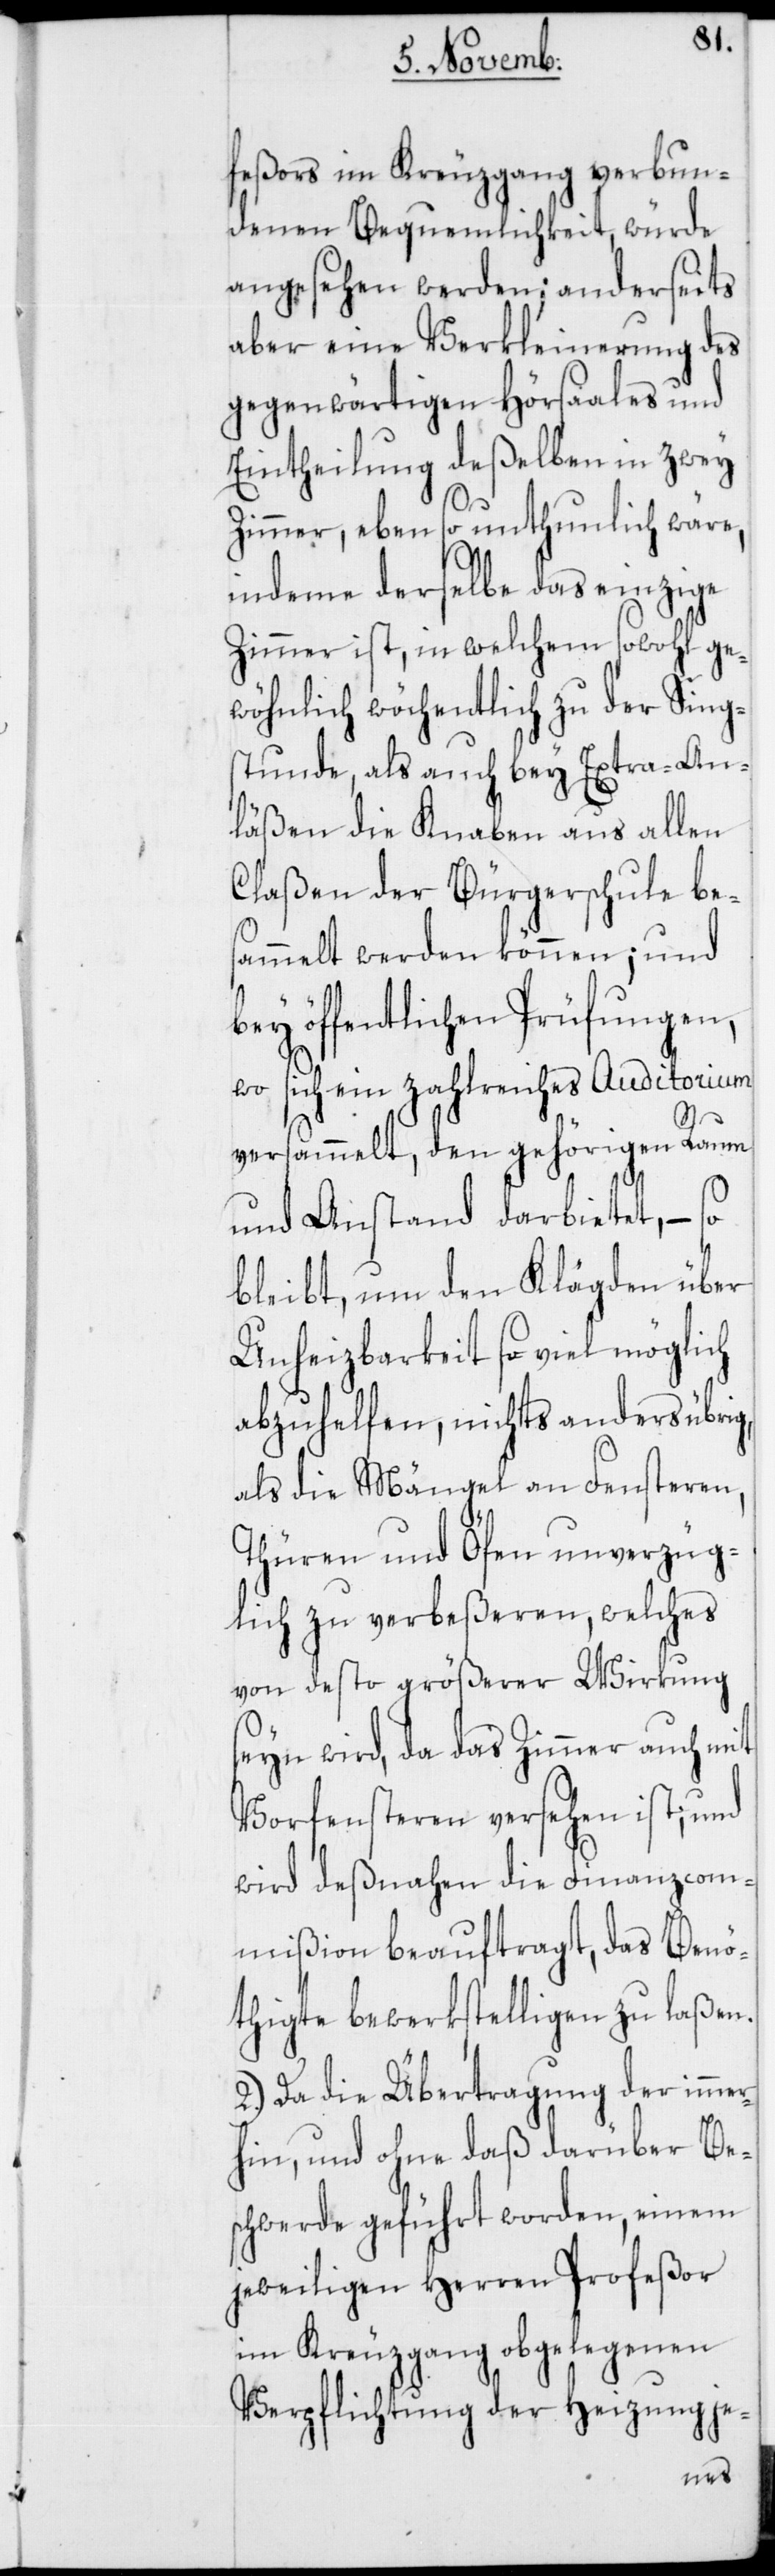
feßors im Kreuzgang verbun¬
denen Bequemlichkeit, würde
angesehen werden; anderseits
aber eine Verkleinerung des
gegenwärtigen Hörsaales und
Eintheilung deßelben in zwey
Zimmer, ebenso unthunlich wäre,
indeme derselbe das einzige
Zimmer ist, in welchem sowohl ge¬
wöhnlich wöchentlich zu der Sing¬
stunde, als auch bey Extra-An¬
läßen die Knaben aus allen
Claßen der Bürgerschule be¬
sammelt werden können; und
bey öffentlichen Prüfungen,
wo sich ein zahlreiches Auditorium
versammelt, den gehörigen Raum
und Anstand darbietet, – so
bleibt, um den Klägden über
Unheizbarkeit so viel möglich
abzuhelfen, nichts anders übrig,
als die Mängel an Fensteren,
Thüren und Öfen unverzüg¬
lich zu verbeßeren, welches
von desto größerer Wirkung
seyn wird, da das Zimmer auch mit
Vorfensteren versehen ist, und
wird deßnahen die Finanzcom¬
mißion beauftragt, das Benö¬
thigte bewerkstelligen zu laßen.
2.) Da die Übertragung der immer¬
hin, und ohne daß darüber Be¬
schwerde geführt worden, einem
jeweiligen Herren Profeßor
im Kreuzgang obgelegenen
Verpflichtung der Heizung je-